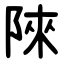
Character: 䧒